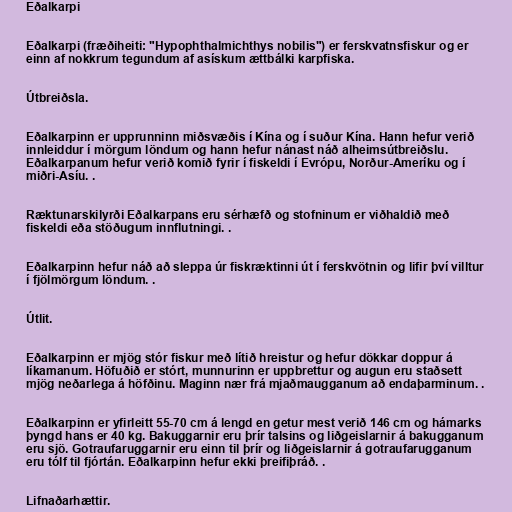
Eðalkarpi

Eðalkarpi (fræðiheiti: "Hypophthalmichthys nobilis") er ferskvatnsfiskur og er
einn af nokkrum tegundum af asískum ættbálki karpfiska.

Útbreiðsla.

Eðalkarpinn er upprunninn miðsvæðis í Kína og í suður Kína. Hann hefur verið
innleiddur í mörgum löndum og hann hefur nánast náð alheimsútbreiðslu.
Eðalkarpanum hefur verið komið fyrir í fiskeldi í Evrópu, Norður-Ameríku og í
miðri-Asíu. .

Ræktunarskilyrði Eðalkarpans eru sérhæfð og stofninum er viðhaldið með
fiskeldi eða stöðugum innflutningi. .

Eðalkarpinn hefur náð að sleppa úr fiskræktinni út í ferskvötnin og lifir því villtur
í fjölmörgum löndum. .

Útlit.

Eðalkarpinn er mjög stór fiskur með lítið hreistur og hefur dökkar doppur á
líkamanum. Höfuðið er stórt, munnurinn er uppbrettur og augun eru staðsett
mjög neðarlega á höfðinu. Maginn nær frá mjaðmaugganum að endaþarminum. .

Eðalkarpinn er yfirleitt 55-70 cm á lengd en getur mest verið 146 cm og hámarks
þyngd hans er 40 kg. Bakuggarnir eru þrír talsins og liðgeislarnir á bakugganum
eru sjö. Gotraufaruggarnir eru einn til þrír og liðgeislarnir á gotraufarugganum
eru tólf til fjórtán. Eðalkarpinn hefur ekki þreifiþráð. .

Lifnaðarhættir.